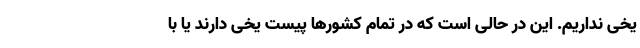
یخی نداریم. این در حالی است که در تمام کشورها پیست یخی دارند یا با